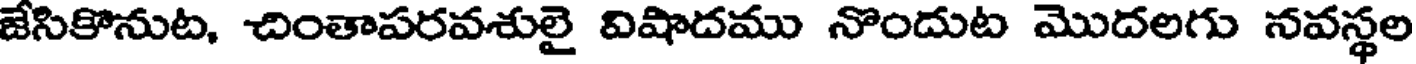
జేసికొనుట, చింతాపరవశులై విషాదము నొందుట మొదలగు నవస్థల